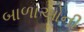
બાળાઓની